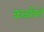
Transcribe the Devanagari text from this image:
कळविलें